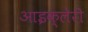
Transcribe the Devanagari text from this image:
आइक्लेरी